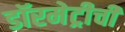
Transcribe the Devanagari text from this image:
डॉरमेट्रीची